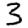
Digit: 3